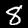
Digit: 8